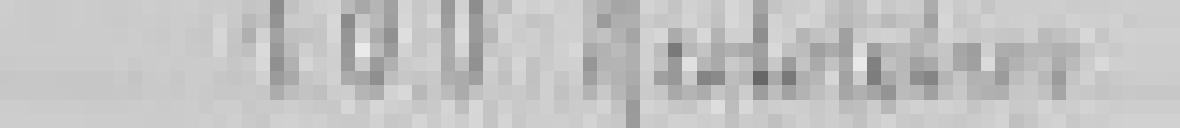
100 hectolitres